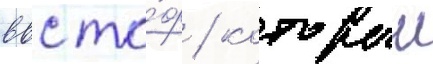
ввс то́ф / которыи